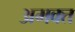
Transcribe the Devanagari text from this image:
अमक्त